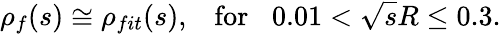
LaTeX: \rho_{f}(s)\cong\rho_{fit}(s),\; \; \; \mathrm{{for}}\; \; \; 0.01<\sqrt{s}R\leq 0.3.